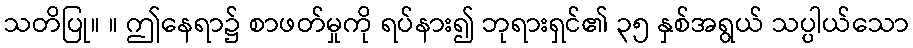
သတိပြု။ ။ ဤနေရာ၌ စာဖတ်မှုကို ရပ်နား၍ ဘုရားရှင်၏ ၃၅ နှစ်အရွယ် သပ္ပါယ်သော